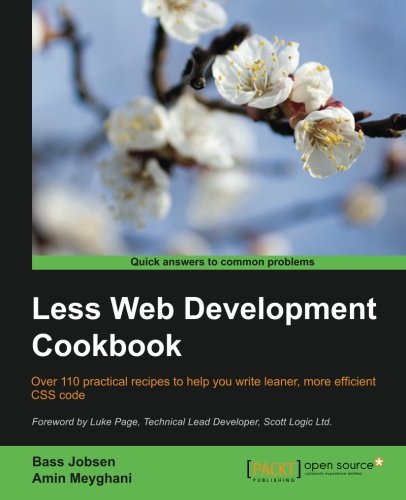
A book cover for Less Web Development Cookbook; Bass Jobsen; Computers & Technology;